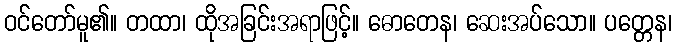
ဝင်တော်မူ၏။ တထာ၊ ထိုအခြင်းအရာဖြင့်။ ဓောတေန၊ ဆေးအပ်သော။ ပတ္တေန၊